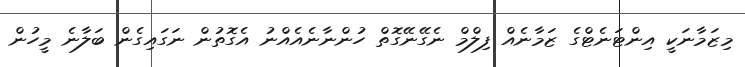
މިޒަމާނަކީ އިންޓަނެޓްގެ ޒަމާނެއް ފިލްމް ނެގޭނޭގޮތް ހުންނާނެއެއްނު އެގޮތުން ނަގައިގެން ބަލާނެ މީހުން